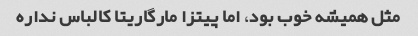
مثل همیشه خوب بود، اما پیتزا مارگاریتا کالباس نداره